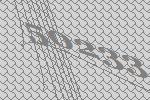
50233